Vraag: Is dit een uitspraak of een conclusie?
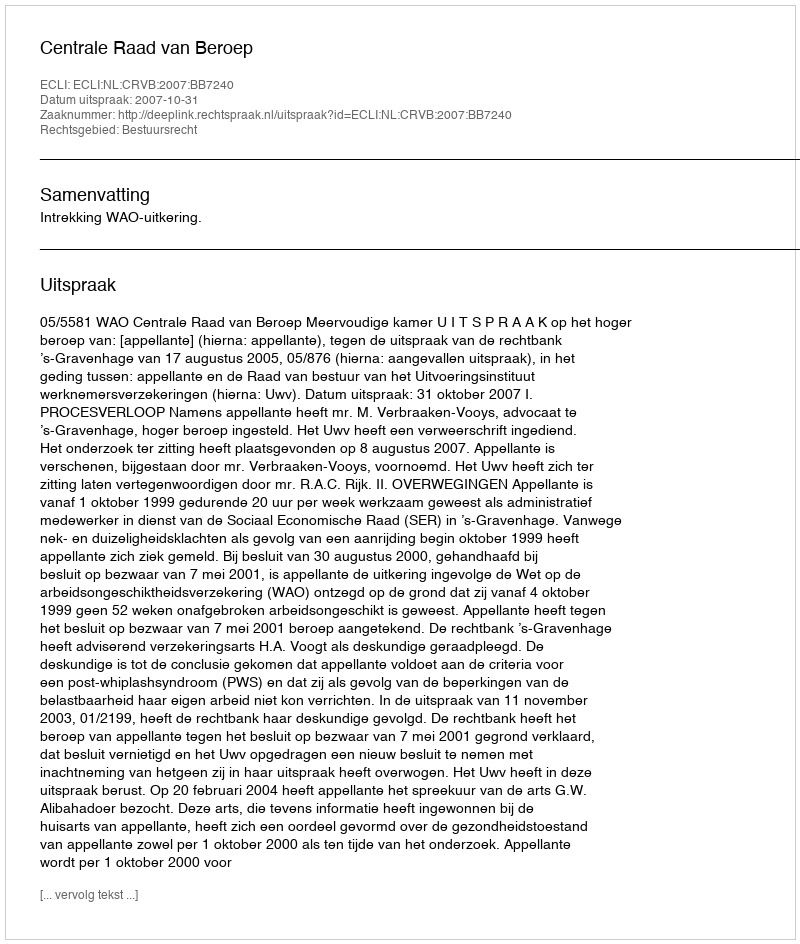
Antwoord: Uitspraak